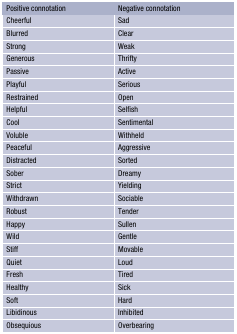
| Positive connotation | Negative connotation |
 | --- | --- |
 | Cheerful | Sad |
 | Blurred | Clear |
 | Strong | Weak |
 | Generous | Thrifty |
 | Passive | Active |
 | Playful | Serious |
 | Restrained | Open |
 | Helpful | Selfish |
 | Cool | Sentimental |
 | Voluble | Withheld |
 | Peaceful | Aggressive |
 | Distracted | Sorted |
 | Sober | Dreamy |
 | Strict | Yielding |
 | Withdrawn | Sociable |
 | Robust | Tender |
 | Happy | Sullen |
 | Wild | Gentle |
 | Stiff | Movable |
 | Quiet | Loud |
 | Fresh | Tired |
 | Healthy | Sick |
 | Soft | Hard |
 | Libidinous | Inhibited |
 | Obsequious | Overbearing |